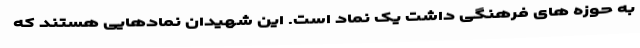
به حوزه های فرهنگی داشت یک نماد است. این شهیدان نمادهایی هستند که